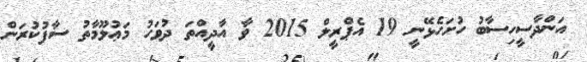
އަންދާސީހިސާބު ހުށަހެޅޭނީ 19 އެޕްރީލް 2015 ވާ އާދީއްތަ ދުވަހު މަޢުލޫމާތު ސާފުކުރަން